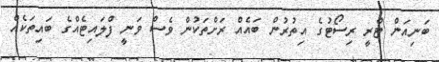
ބަނިއަން ޓްރީ ރިސޯޓުގެ އިތުރުން ބައެއް ރަށްތަކުން ވެސް ވަނީ ފްލައިޓެއްގެ ބައިތަކެއް